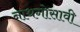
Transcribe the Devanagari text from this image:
नाथगोसावी